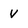
Character: V